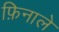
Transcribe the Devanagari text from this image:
फ़िनाले